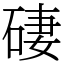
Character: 䃀